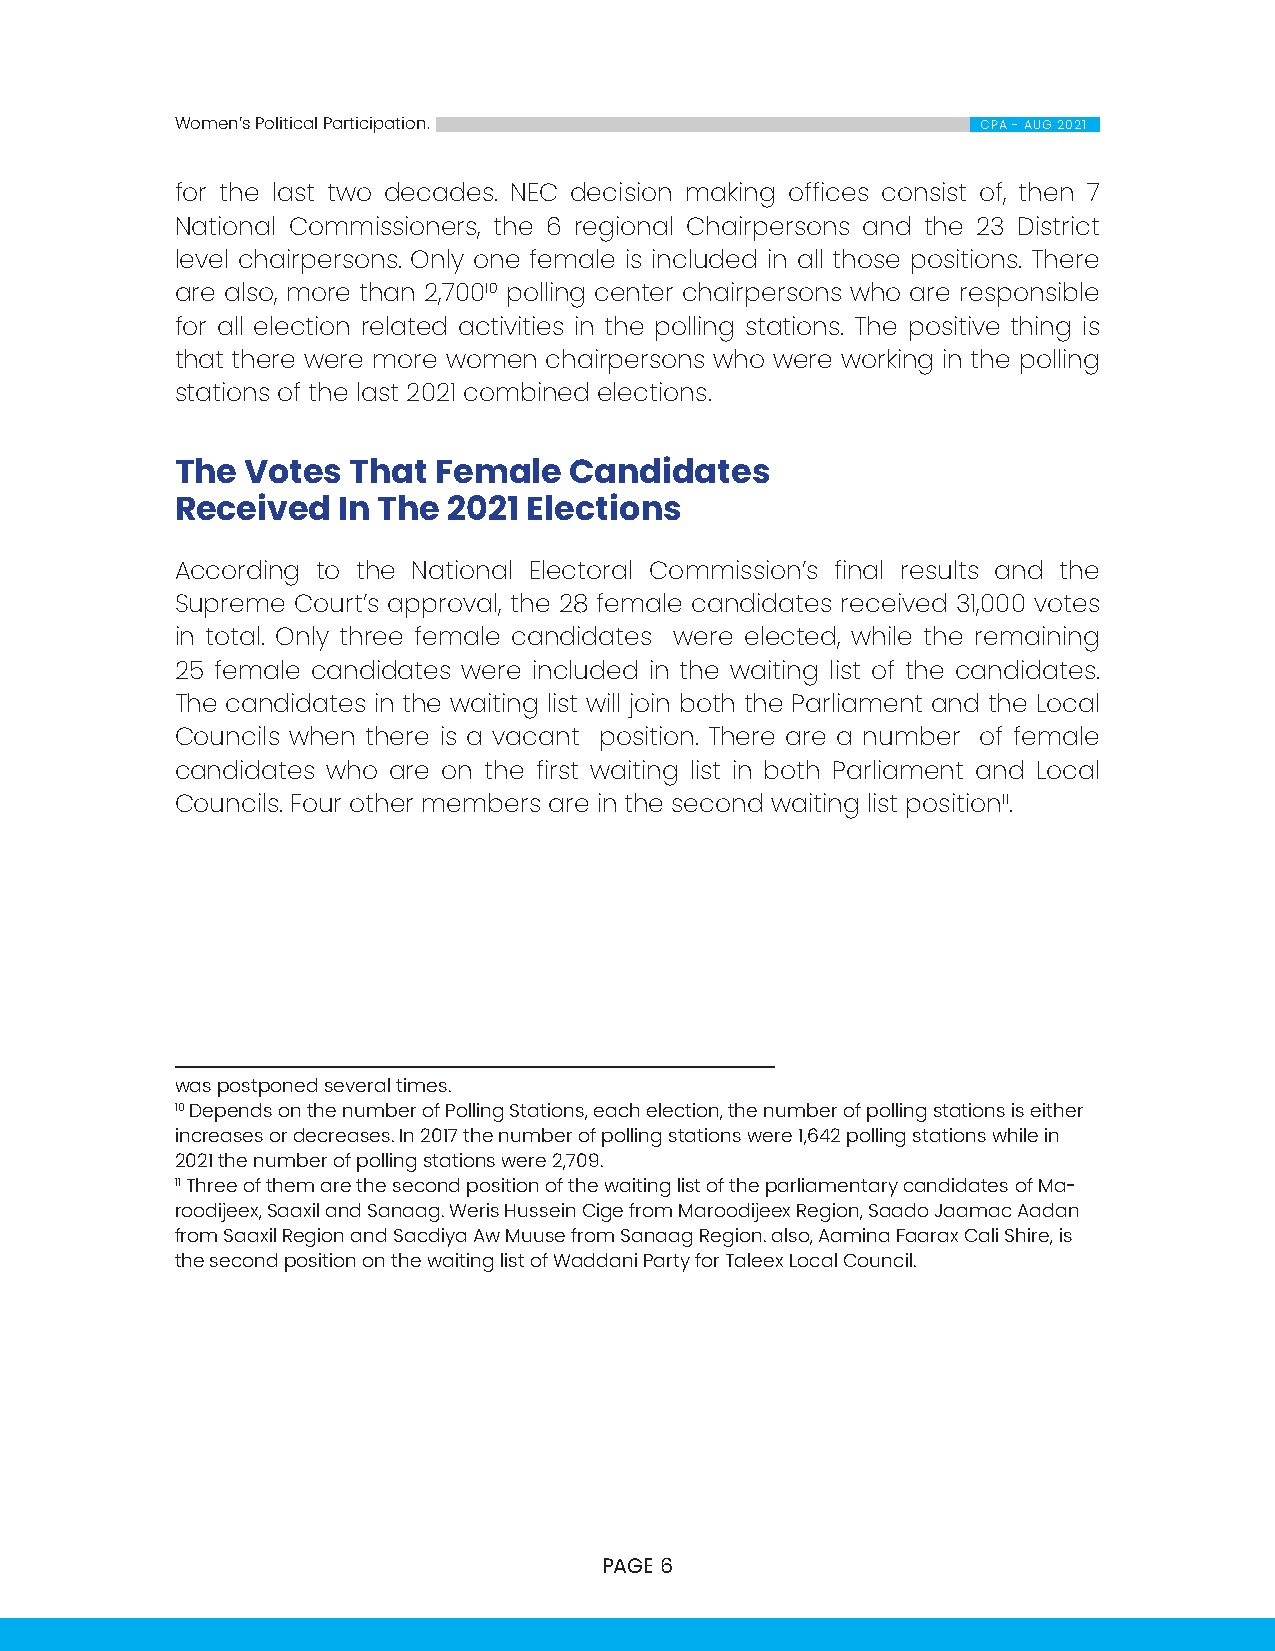
Women’s Political Participation.                     CPA - AUG 2021
 for the last two decades. NEC decision making offices consist of, then 7
 National Commissioners, the 6 regional Chairpersons and the 23 District
 level chairpersons. Only one female is included in all those positions. There
 are also, more than 2,70010 polling center chairpersons who are responsible
 for all election related activities in the polling stations. The positive thing is
 that there were more women chairpersons who were working in the polling
 stations of the last 2021 combined elections.
 The Votes  That  Female   Candidates
 Received  In The  2021 Elections
 According to the National Electoral Commission’s final results and the
 Supreme Court’s approval, the 28 female candidates received 31,000 votes
 in total. Only three female candidates were elected, while the remaining
 25 female candidates were included in the waiting list of the candidates.
 The candidates in the waiting list will join both the Parliament and the Local
 Councils when there is a vacant position. There are a number of female
 candidates who are on the first waiting list in both Parliament and Local
 Councils. Four other members are in the second waiting list position11.
 was postponed several times.
 10 Depends on the number of Polling Stations, each election, the number of polling stations is either
 increases or decreases. In 2017 the number of polling stations were 1,642 polling stations while in
 2021 the number of polling stations were 2,709.
 11 Three of them are the second position of the waiting list of the parliamentary candidates of Ma-
 roodijeex, Saaxil and Sanaag. Weris Hussein Cige from Maroodijeex Region, Saado Jaamac Aadan
 from Saaxil Region and Sacdiya Aw Muuse from Sanaag Region. also, Aamina Faarax Cali Shire, is
 the second position on the waiting list of Waddani Party for Taleex Local Council.
 PAGE 6